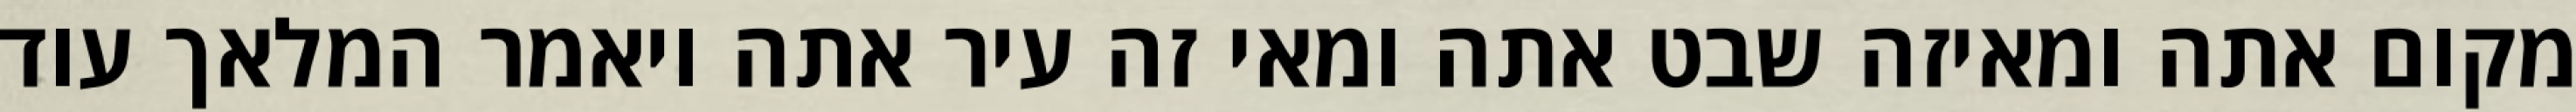
מקום אתה ומאיזה שבט אתה ומאי זה עיר אתה ויאמר המלאך עוד